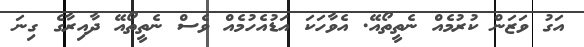
އަގު ވަޒަން ކުރުމެއް ނެތީތޯއޭ. އެވާހަކަ އަޑުއެހުމެއް ވެސް ނެތީތޯއޭ ދާއިރާގެ ގިނަ